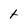
Character: t